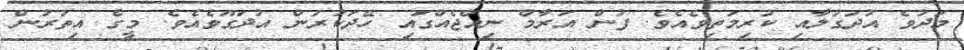
މަދުވެ އުދަގުލާއި ކުރިމަތިވެއެވެ. ފުން އަރާމް ނިއްޖެއްގައި ހޭދަކުރަން އުދަގޫވެއެވެ. މީގެ އިތުރުން